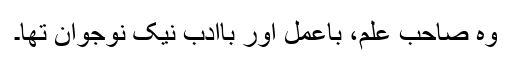
وہ صاحب علم، باعمل اور باادب نیک نوجوان تھا۔